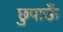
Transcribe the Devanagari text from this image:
छुपाऊँ